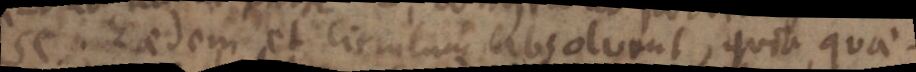
SC. eadem et circulum absolvent, quia quae